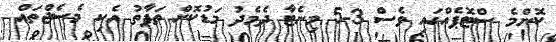
ކޮންމެ ސްޓޮޕެއްގައި ވެސް 3-5 މިނެޓާ ދެމެދު މަޑުކޮށް ތަފާތު އެކި މެސެޖްތައް